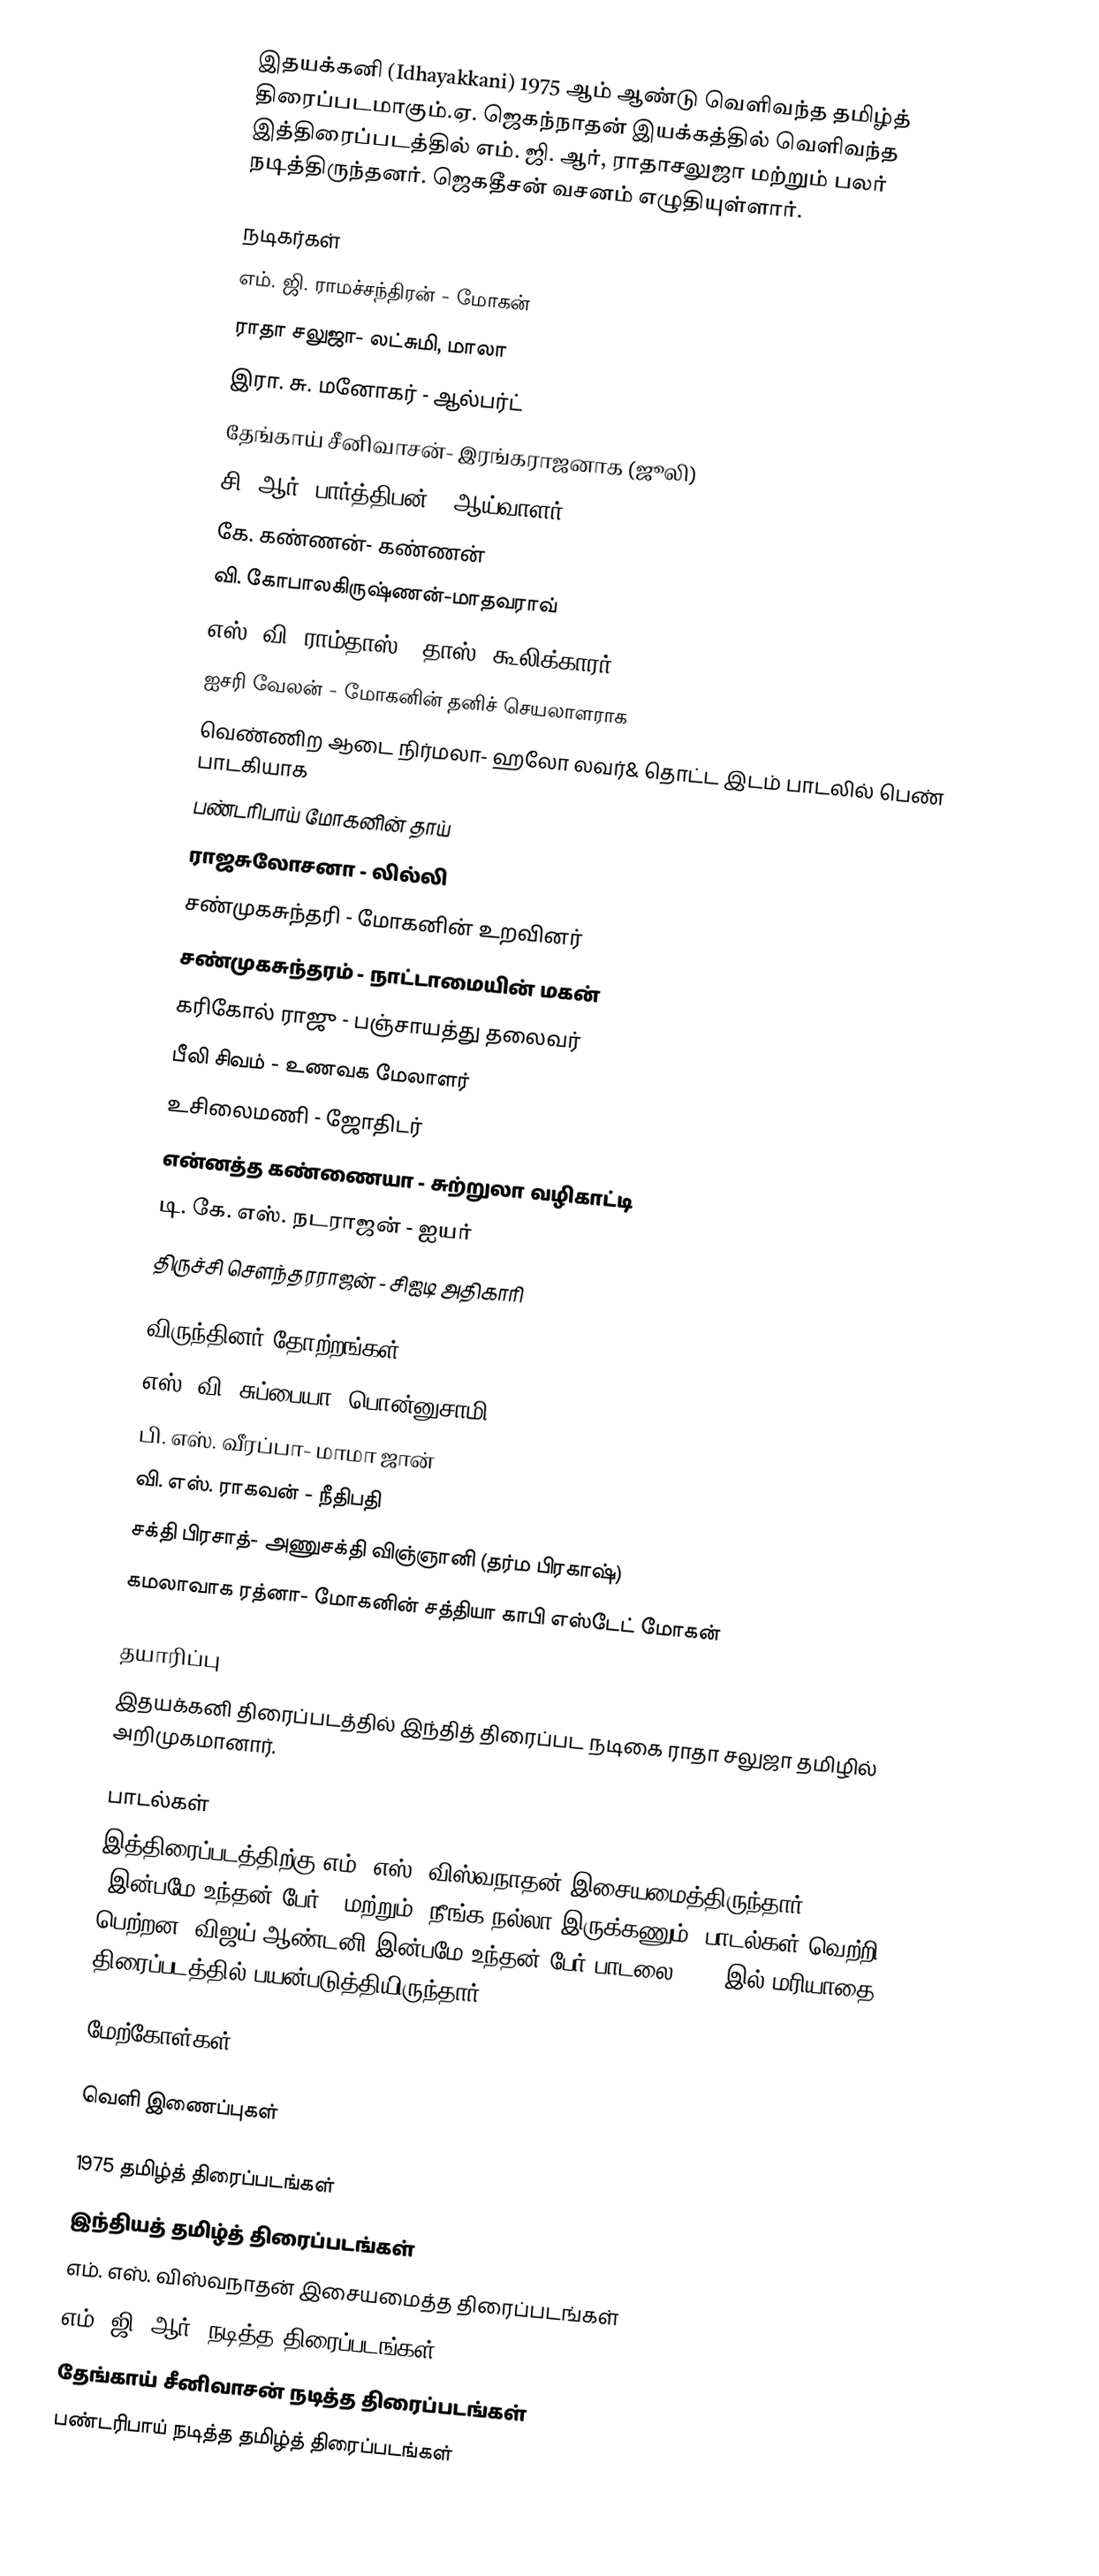
இதயக்கனி (Idhayakkani) 1975 ஆம் ஆண்டு வெளிவந்த தமிழ்த் திரைப்படமாகும்.ஏ. ஜெகந்நாதன் இயக்கத்தில் வெளிவந்த இத்திரைப்படத்தில் எம். ஜி. ஆர், ராதாசலுஜா மற்றும் பலர் நடித்திருந்தனர். ஜெகதீசன் வசனம் எழுதியுள்ளார்.

நடிகர்கள்
 எம். ஜி. ராமச்சந்திரன் - மோகன் 
 ராதா சலுஜா- லட்சுமி, மாலா 
 இரா. சு. மனோகர் - ஆல்பர்ட்
 தேங்காய் சீனிவாசன்- இரங்கராஜனாக (ஜூலி) 
 சி. ஆர். பார்த்திபன் - ஆய்வாளர்
 கே. கண்ணன்- கண்ணன்
 வி. கோபாலகிருஷ்ணன்-மாதவராவ்
 எஸ். வி. ராம்தாஸ் - தாஸ், கூலிக்காரர்
 ஐசரி வேலன் - மோகனின் தனிச் செயலாளராக 
 வெண்ணிற ஆடை நிர்மலா- ஹலோ லவர்& தொட்ட இடம் பாடலில் பெண் பாடகியாக 
 பண்டரிபாய் மோகனின் தாய்
 ராஜசுலோசனா - லில்லி 
 சண்முகசுந்தரி - மோகனின் உறவினர்
 சண்முகசுந்தரம் - நாட்டாமையின் மகன்
 கரிகோல் ராஜு - பஞ்சாயத்து தலைவர்
 பீலி சிவம் - உணவக மேலாளர் 
 உசிலைமணி - ஜோதிடர்
 என்னத்த கண்ணையா - சுற்றுலா வழிகாட்டி 
 டி. கே. எஸ். நடராஜன் -  ஐயர்
 திருச்சி சௌந்தரராஜன் - சிஐடி அதிகாரி

விருந்தினர் தோற்றங்கள்
எஸ். வி. சுப்பையா- பொன்னுசாமி
 பி. எஸ். வீரப்பா- மாமா ஜான்
 வி. எஸ். ராகவன் - நீதிபதி
 சக்தி பிரசாத்- அணுசக்தி விஞ்ஞானி (தர்ம பிரகாஷ்)
 கமலாவாக ரத்னா- மோகனின் சத்தியா காபி எஸ்டேட் மோகன்

தயாரிப்பு
இதயக்கனி திரைப்படத்தில் இந்தித் திரைப்பட நடிகை ராதா சலுஜா தமிழில் அறிமுகமானார்.

பாடல்கள்
இத்திரைப்படத்திற்கு எம். எஸ். விஸ்வநாதன் இசையமைத்திருந்தார். "இன்பமே உந்தன் பேர்", மற்றும் "நீங்க நல்லா இருக்கணும்" பாடல்கள் வெற்றி பெற்றன. விஜய் ஆண்டனி இன்பமே உந்தன் பேர் பாடலை 2009 இல் மரியாதை திரைப்படத்தில் பயன்படுத்தியிருந்தார்.

மேற்கோள்கள்

வெளி இணைப்புகள்

1975 தமிழ்த் திரைப்படங்கள்
இந்தியத் தமிழ்த் திரைப்படங்கள்
எம். எஸ். விஸ்வநாதன் இசையமைத்த திரைப்படங்கள்
எம். ஜி. ஆர். நடித்த திரைப்படங்கள்
தேங்காய் சீனிவாசன் நடித்த திரைப்படங்கள்
பண்டரிபாய் நடித்த தமிழ்த் திரைப்படங்கள்